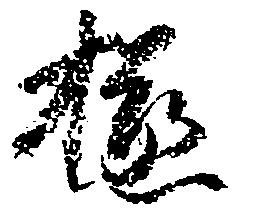
極